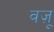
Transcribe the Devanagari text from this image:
वज़ू